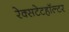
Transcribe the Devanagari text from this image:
रेक्सटेटहॉल्टर